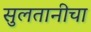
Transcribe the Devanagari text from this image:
सुलतानीचा